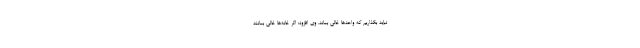
نباید بگذاریم که واحدها خالی بماند. وی افزود: اگر خانه‌ها خالی بمانند